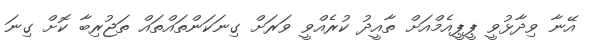
އޭނާ ވިދާޅުވީ ޕީޕީއެމްއަށް ތާއީދު ކުރެއްވީ ވަރަށް ގިނަކަންތައްތައް ތަޖުރިބާ ކޮށް ގިނަ